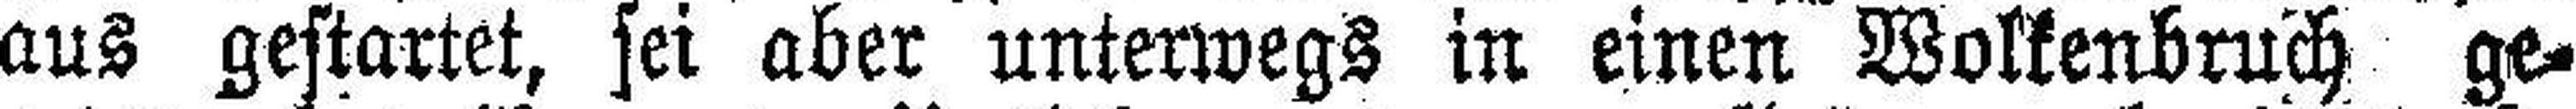
aus gestartet, sei aber unterwegs in einen Wolkenbruch ge¬